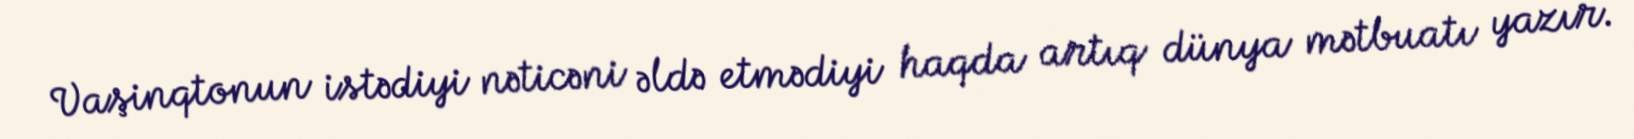
Vaşinqtonun istədiyi nəticəni əldə etmədiyi haqda artıq dünya mətbuatı yazır.